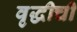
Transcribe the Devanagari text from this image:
वृद्धीची